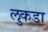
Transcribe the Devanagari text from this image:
लुकडा